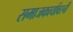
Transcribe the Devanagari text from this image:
समाजकार्यावरची